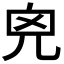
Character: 𠒆